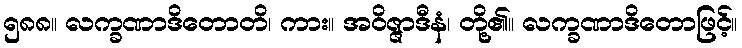
၅၈၈။ လက္ခဏာဒိတောတိ၊ ကား။ အဝိဇ္ဇာဒီနံ၊ တို့၏။ လက္ခဏာဒိတောဖြင့်။